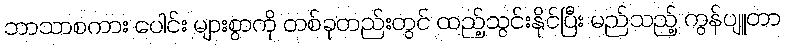
ဘာသာစကား ပေါင်း များစွာကို တစ်ခုတည်းတွင် ထည့်သွင်းနိုင်ပြီး မည်သည့် ကွန်ပျူတာ